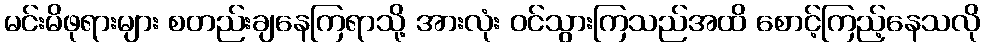
မင်းမိဖုရားများ စတည်းချနေကြရာသို့ အားလုံး ဝင်သွားကြသည်အထိ စောင့်ကြည့်နေသလို